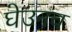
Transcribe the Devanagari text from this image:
घेउनच